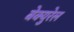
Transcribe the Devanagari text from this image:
बेक्युरेल